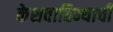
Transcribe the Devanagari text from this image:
केशवाहिन्याची